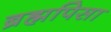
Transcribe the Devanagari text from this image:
ब्रह्मपिसा